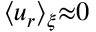
\langle u _ { r } \rangle _ { \xi } { \approx } 0